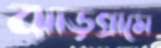
ঝাড়গ্রামে